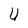
Character: n